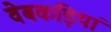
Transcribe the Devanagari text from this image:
वेबकड़ियां